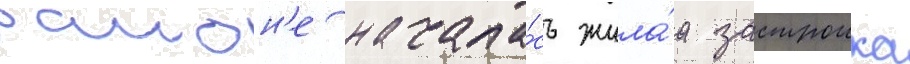
раион'е начала́сь жила́я застроика